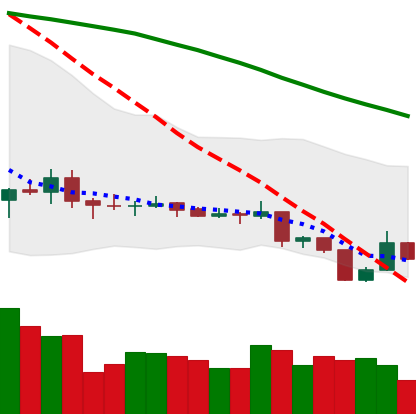
Ticker: XLM-USD
Chart end date: 2019-08-12
Forward return: -9.981%
Label: down_7plus